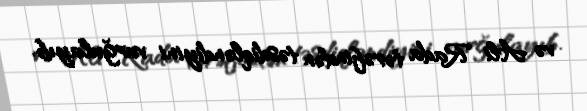
və Ali Rada tərəfindən təsdiqləndiyini vurğulayıb.